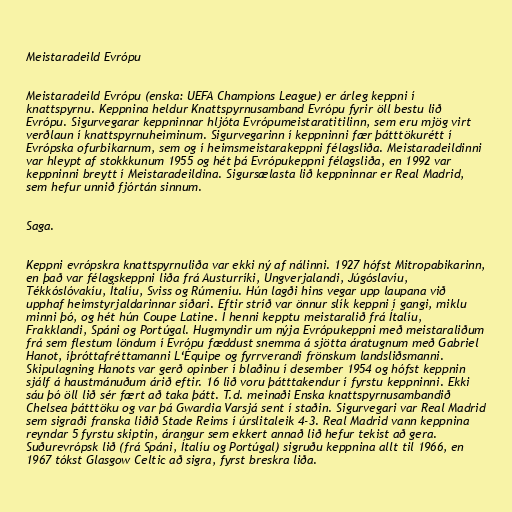
Meistaradeild Evrópu

Meistaradeild Evrópu (enska: UEFA Champions League) er árleg keppni í
knattspyrnu. Keppnina heldur Knattspyrnusamband Evrópu fyrir öll bestu lið
Evrópu. Sigurvegarar keppninnar hljóta Evrópumeistaratitilinn, sem eru mjög virt
verðlaun í knattspyrnuheiminum. Sigurvegarinn í keppninni fær þátttökurétt í
Evrópska ofurbikarnum, sem og í heimsmeistarakeppni félagsliða. Meistaradeildinni
var hleypt af stokkkunum 1955 og hét þá Evrópukeppni félagsliða, en 1992 var
keppninni breytt í Meistaradeildina. Sigursælasta lið keppninnar er Real Madrid,
sem hefur unnið fjórtán sinnum.

Saga.

Keppni evrópskra knattspyrnuliða var ekki ný af nálinni. 1927 hófst Mitropabikarinn,
en það var félagskeppni liða frá Austurríki, Ungverjalandi, Júgóslavíu,
Tékkóslóvakíu, Ítalíu, Sviss og Rúmeníu. Hún lagði hins vegar upp laupana við
upphaf heimstyrjaldarinnar síðari. Eftir stríð var önnur slík keppni í gangi, miklu
minni þó, og hét hún Coupe Latine. Í henni kepptu meistaralið frá Ítalíu,
Frakklandi, Spáni og Portúgal. Hugmyndir um nýja Evrópukeppni með meistaraliðum
frá sem flestum löndum í Evrópu fæddust snemma á sjötta áratugnum með Gabriel
Hanot, íþróttafréttamanni L‘Équipe og fyrrverandi frönskum landsliðsmanni.
Skipulagning Hanots var gerð opinber í blaðinu í desember 1954 og hófst keppnin
sjálf á haustmánuðum árið eftir. 16 lið voru þátttakendur í fyrstu keppninni. Ekki
sáu þó öll lið sér fært að taka þátt. T.d. meinaði Enska knattspyrnusambandið
Chelsea þátttöku og var þá Gwardia Varsjá sent í staðin. Sigurvegari var Real Madrid
sem sigraði franska liðið Stade Reims í úrslitaleik 4-3. Real Madrid vann keppnina
reyndar 5 fyrstu skiptin, árangur sem ekkert annað lið hefur tekist að gera.
Suðurevrópsk lið (frá Spáni, Ítalíu og Portúgal) sigruðu keppnina allt til 1966, en
1967 tókst Glasgow Celtic að sigra, fyrst breskra liða.